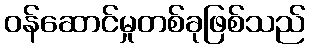
ဝန်ဆောင်မှုတစ်ခုဖြစ်သည်